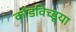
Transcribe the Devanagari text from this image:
कोंडविच्डूया